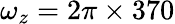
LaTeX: \omega_{z}=2\pi\times 370